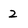
Character: 2